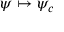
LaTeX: \psi \mapsto \psi _ { c }